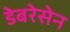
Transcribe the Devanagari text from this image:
डेबरेसेन